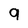
Character: 9